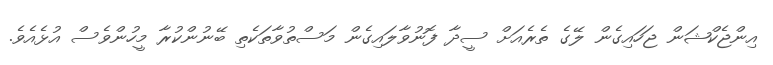
އިންޖެކްޝަން ޖަހައިގެން ލޭގެ ތެރެއަށް ސީދާ ފޮނުވާލައިގެން މަސްތުވާތަކެތި ބޭނުންކުރާ މީހުންވެސް އުޅެއެވެ.